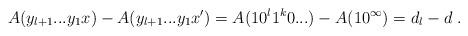
LaTeX: \begin{align*}A(y_{l+1}...y_1x) - A(y_{l+1}...y_1x') = A(10^{l}1^k0...) - A(10^\infty) = d_l -d \ .\end{align*}